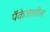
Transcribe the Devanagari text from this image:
पॅकेजातील